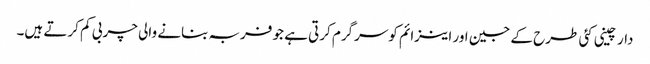
دارچینی کئی طرح کے جین اور اینزائم کوسرگرم کرتی ہے جو فربہ بنانے والی چربی کم کرتے ہیں۔